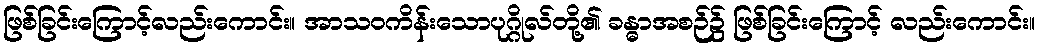
ဖြစ်ခြင်းကြောင့်လည်းကောင်း။ အာသဝကိန်းသောပုဂ္ဂိုလ်တို့၏ ခန္ဓာအစဉ်၌ ဖြစ်ခြင်းကြောင့် လည်းကောင်း။